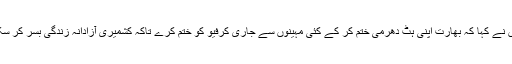
انہوں نے کہا کہ بھارت اپنی ہٹ دھرمی ختم کر کے کئی مہینوں سے جاری کرفیو کو ختم کرے تاکہ کشمیری آزادانہ زندگی بسر کر سکیں ۔